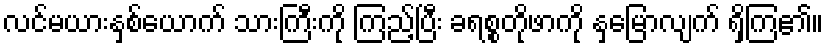
လင်မယားနှစ်ယောက် သားကြီးကို ကြည့်ပြီး ခရစ္စတိုဖာကို နှမြောလျက် ရှိကြ၏။